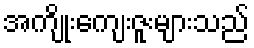
အကျိုးကျေးဇူးများသည်